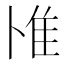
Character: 𨾇